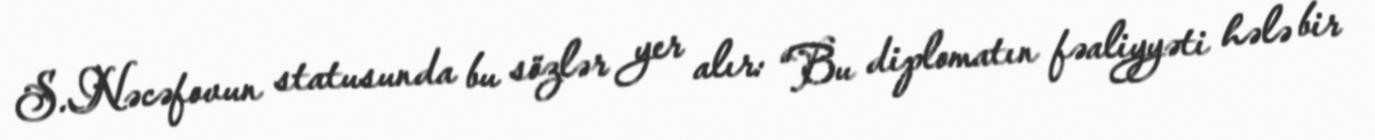
S.Nəcəfovun statusunda bu sözlər yer alır: “Bu diplomatın fəaliyyəti hələ bir